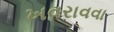
ખવરાવવા